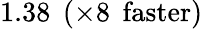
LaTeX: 1.38\: \: (\times 8\: \: \mathrm{faster})